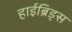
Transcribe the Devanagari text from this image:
हाईब्रिड्स